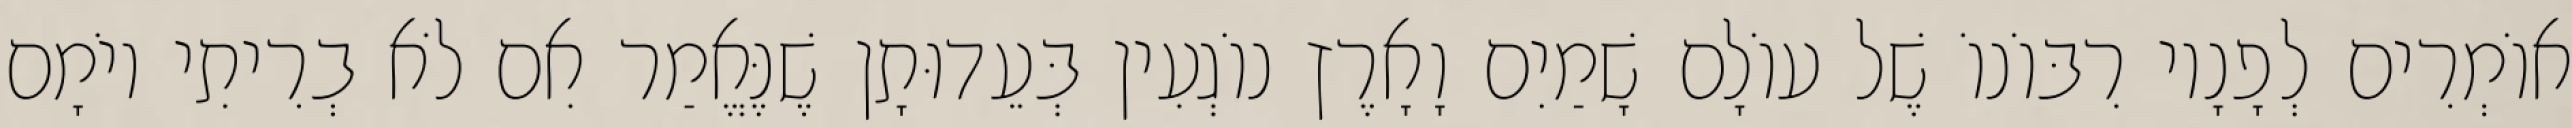
אוֹמְרִים לְפָנָיו רִבּוֹנוֹ שֶׁל עוֹלָם שָׁמַיִם וָאָרֶץ נוֹגְעִין בְּעֵדוּתָן שֶׁנֶּאֱמַר אִם לֹא בְרִיתִי יוֹמָם